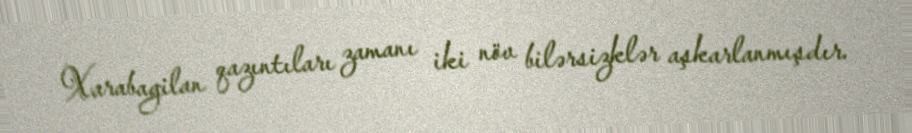
Xarabagilan qazıntıları zamanı iki növ bilərsizklər aşkarlanmışdır.